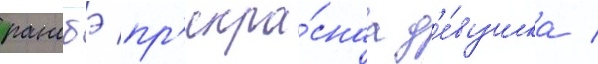
ранобэ пр'екра́снаа д'е́вушка /